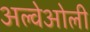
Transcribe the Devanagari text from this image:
अल्वेओली